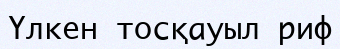
Үлкен тосқауыл риф